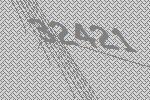
32421